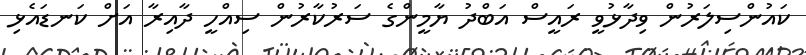
ކައުންސިލަރުން ވިދާޅުވީ ރައީސް އަބްދު ޔާމީންގެ ސަރުކާރުން ސިއްހީ ދާއިރާ އަށް ކަނޑައެޅި